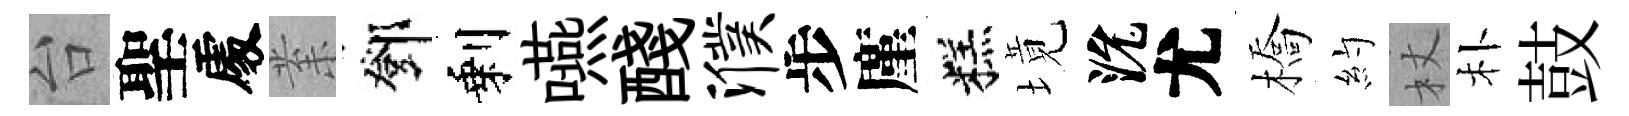
台聖𠁅𭪙鄧剩嚥醆濮步廑糕境沇尤橋約杖朴鼓